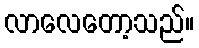
လာလေတော့သည်။